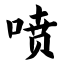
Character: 喷